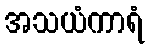
အသယံကာရံ